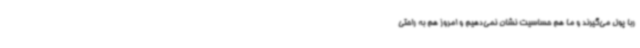
ربا پول می‌گیرند و ما هم حساسیت نشان نمی‌دهیم و امروز هم به راحتی